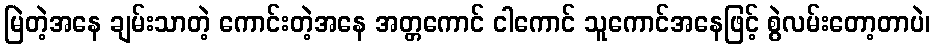
မြဲတဲ့အနေ ချမ်းသာတဲ့ ကောင်းတဲ့အနေ အတ္တကောင် ငါကောင် သူကောင်အနေဖြင့် စွဲလမ်းတော့တာပဲ၊